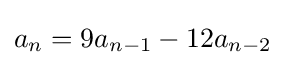
a_{n}=9a_{n-1}-12a_{n-2}